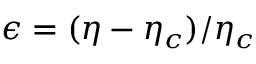
\epsilon = ( \eta - \eta _ { c } ) / \eta _ { c }